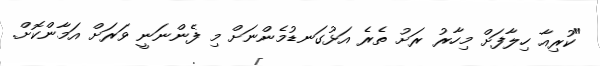
"ކުރިއާ ހިލާފަށް މިހާރު ރަށު ތެރެ އަޅުގަނޑުމެންނަށް މި ފެންނަނީ ވަރަށް އަމާންކޮށް.